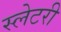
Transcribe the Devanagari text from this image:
स्लेटरी